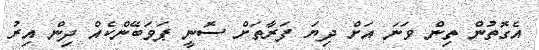
އެގޮތުން ތިން ވަނަ އަށް ދިޔަ ފަރާތަށް ސޮނީ ޕަވަބޭންކެއް ދިން އިރު